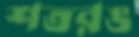
শতরঙ